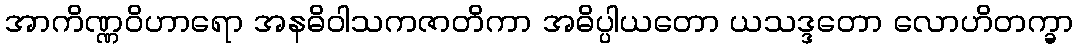
အာကိဏ္ဏဝိဟာရော အနဓိဝါသကဇာတိကာ အဓိပ္ပါယတော ယသဒ္ဒတော လောဟိတက္ခာ